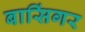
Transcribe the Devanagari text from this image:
बासिंगर